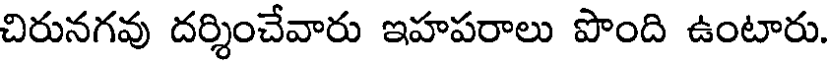
చిరునగవు దర్శించేవారు ఇహపరాలు పొంది ఉంటారు.